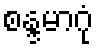
စန္ဒမာဂုံ